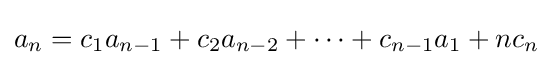
a_{n}=c_{1}a_{n-1}+c_{2}a_{n-2}+\cdots +c_{n-1}a_{1}+nc_{n}